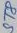
Text: ST9